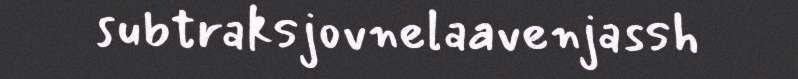
subtraksjovnelaavenjassh